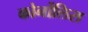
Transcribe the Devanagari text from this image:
कोर्नोलिस